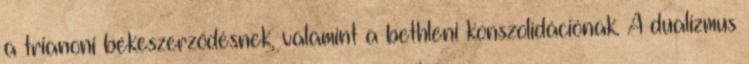
a trianoni békeszerződésnek, valamint a bethleni konszolidációnak. A dualizmus